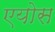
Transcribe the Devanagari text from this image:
एयोस